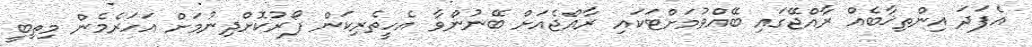
އެފަދަ އިންތިޚާބެއް ރާއްޖޭގައި ބޭއްވުމަށްޓަކައި ރާއްޖެއަށް ބޭނުންވާ އެހީތެރިކަން ފޯރުކޮށްދިނުމަށް އަހަރެމެން މިތިބީ